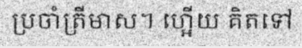
ប្រចាំត្រីមាស។ ហ្អើយ គិតទៅ